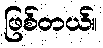
ဖြစ်တယ်။